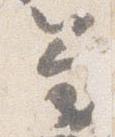
笏